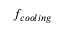
f _ { c o o l i n g }